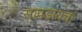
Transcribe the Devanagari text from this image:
सापडायचा